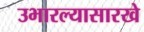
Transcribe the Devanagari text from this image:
उभारल्यासारखे